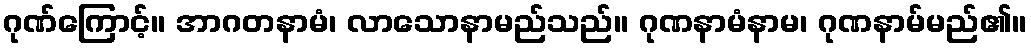
ဂုဏ်ကြောင့်။ အာဂတနာမံ၊ လာသောနာမည်သည်။ ဂုဏနာမံနာမ၊ ဂုဏနာမ်မည်၏။